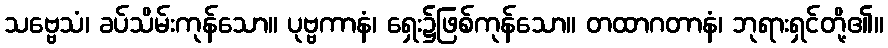
သဗ္ဗေသံ၊ ခပ်သိမ်းကုန်သော။ ပုဗ္ဗကာနံ၊ ရှေး၌ဖြစ်ကုန်သော။ တထာဂတာနံ၊ ဘုရားရှင်တို့၏။